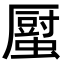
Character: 𧒉